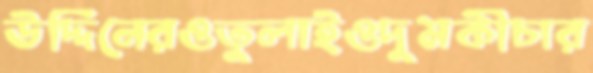
উদ্দিনেরওতুলাইওদুমকীচার